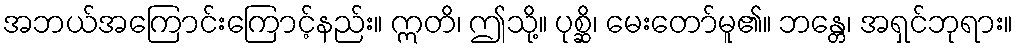
အဘယ်အကြောင်းကြောင့်နည်း။ ဣတိ၊ ဤသို့။ ပုစ္ဆိ၊ မေးတော်မူ၏။ ဘန္တေ၊ အရှင်ဘုရား။